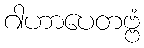
ဂါဟာပေတဗ္ဗံ